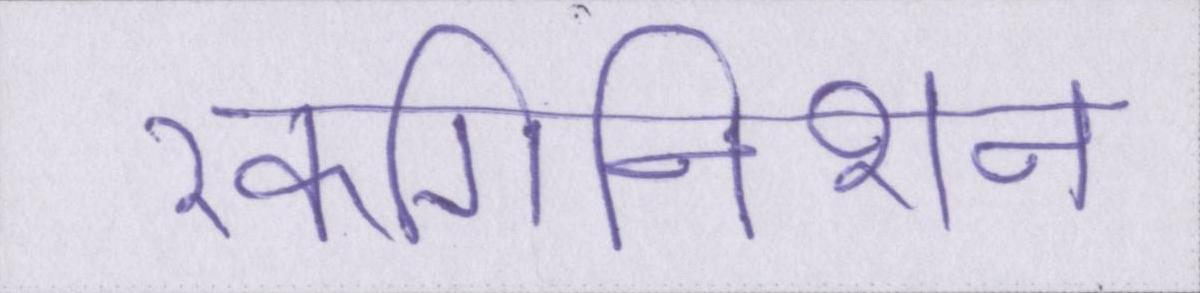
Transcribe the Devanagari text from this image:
रेकगिनिशन